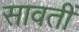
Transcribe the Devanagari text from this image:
सावतीं